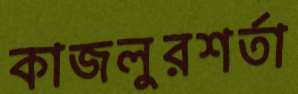
কাজলুরশর্তা